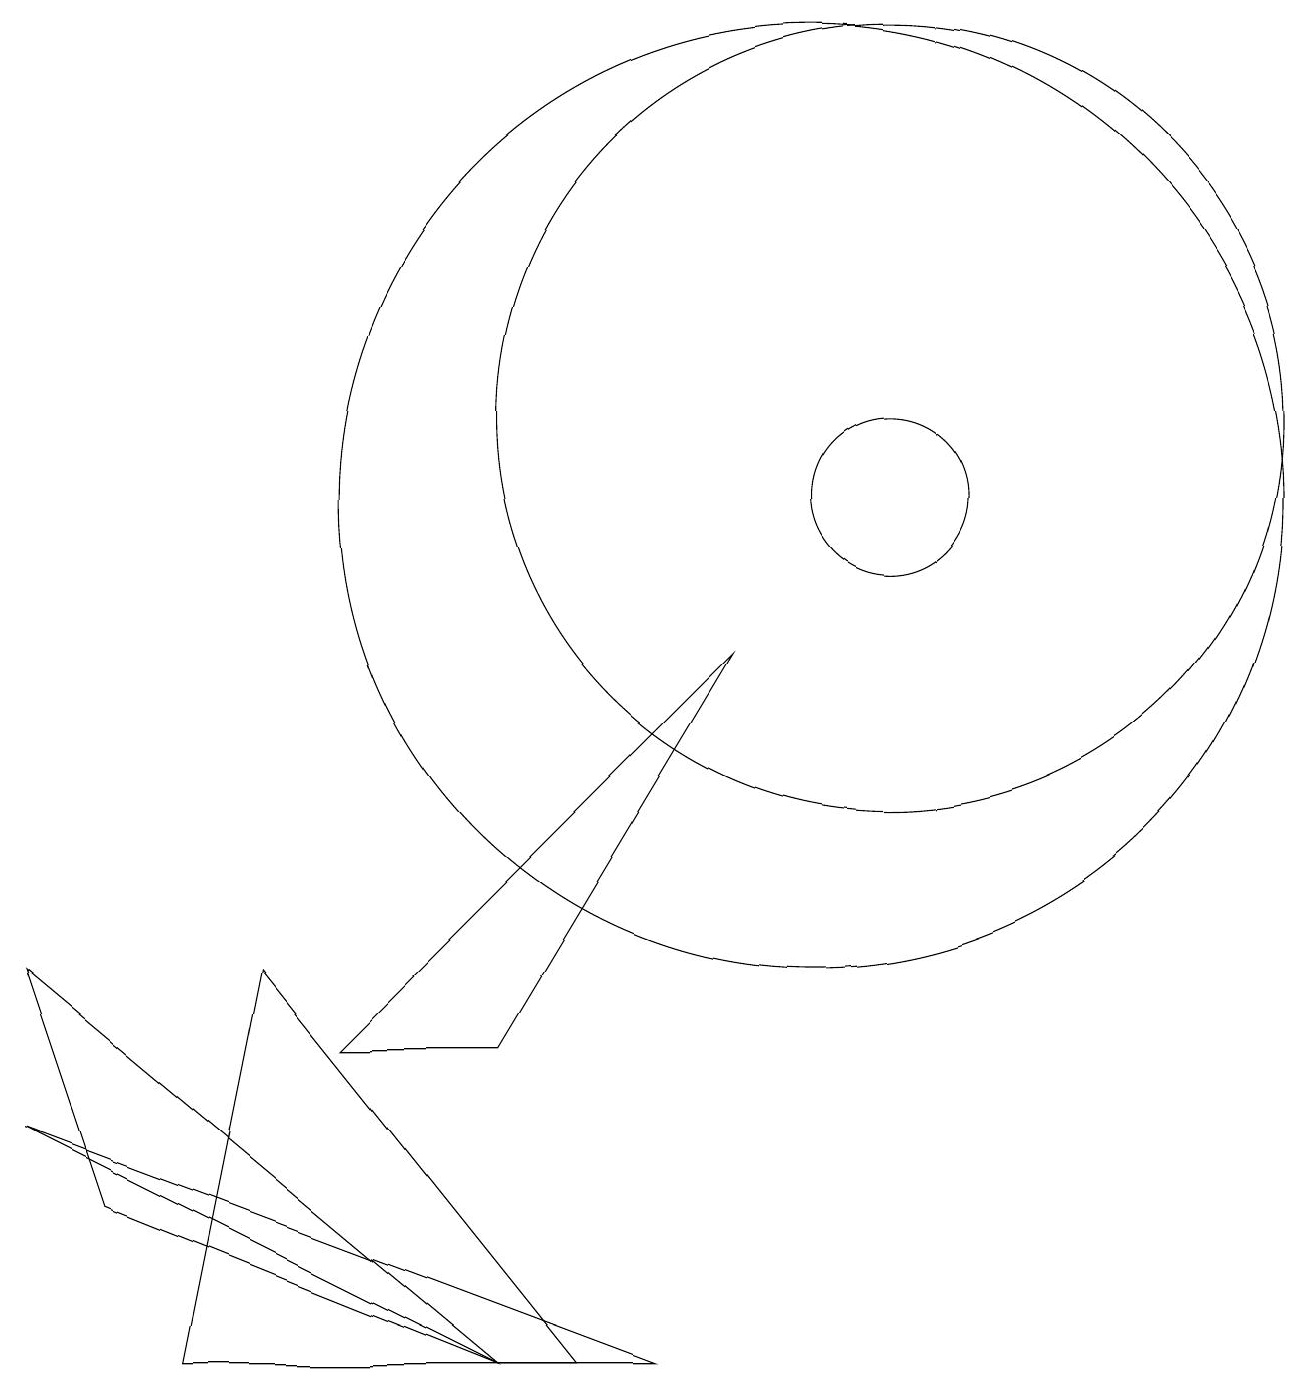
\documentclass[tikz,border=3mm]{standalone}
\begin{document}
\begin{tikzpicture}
\draw (11,12) circle (5);
\draw (0,5) -- (6,0) -- (1,2) -- cycle;
\draw (7,0) -- (3,5) -- (2,0) -- cycle;
\draw (4,4) -- (9,9) -- (6,4) -- cycle;
\draw (6,0) -- (8,0) -- (0,3) -- cycle;
\draw (11,11) circle (1);
\draw (10,11) circle (6);
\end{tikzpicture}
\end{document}